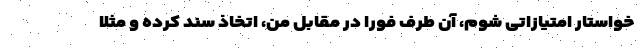
خواستار امتیازاتی شوم، آن طرف فورا در مقابل من، اتخاذ سند کرده و مثلا